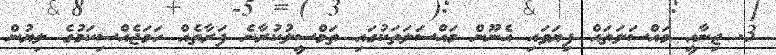
3. ޖިނާއީ މައްސަލަތައް ފިޔަވައި އެނޫން މައްސަލަތަކުގައި ތަމްސީލުކުރާނެ ފަރާތެއް ހަމަޖެއްސިކަމުގެ ލިޔުން